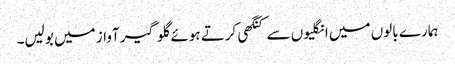
ہمارے بالوں میں انگلیوں سے کنگھی کرتے ہوئے گلو گیر آواز میں بولیں۔